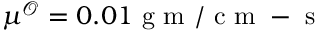
\mu ^ { \mathcal { O } } = 0 . 0 1 \mathrm { ~ g ~ m ~ / ~ c ~ m ~ - ~ s ~ }